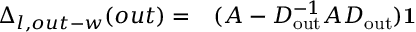
\begin{array} { r l } { \Delta _ { l , o u t - w } ( o u t ) = } & { { } ( A - D _ { \mathrm { o u t } } ^ { - 1 } A D _ { \mathrm { o u t } } ) \mathbf { 1 } } \end{array}